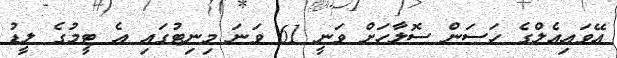
އޭވައިއެލްގެ ހަސަން ސޮލާހަށް ވަނީ 61 ވަނަ މިނިޓުގައި އެ ޓީމުގެ ލީޑު